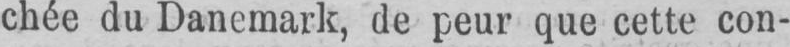
chée du Danemark, de peur que cette con-